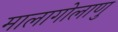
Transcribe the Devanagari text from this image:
मालागोलाणु